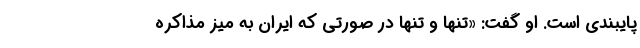
پایبندی است. او گفت: «تنها و تنها در صورتی که ایران به میز مذاکره